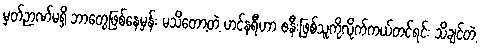
မှတ်ဉာဏ်မရှိ ဘာတွေဖြစ်နေမှန်း မသိတော့တဲ့ ဟင်နရီဟာ ဇနီးဖြစ်သူကိုလိုက်ကယ်တင်ရင်း သိချင်တဲ့